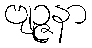
ဗျဉ္ဇနာ